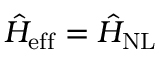
\hat { H } _ { \mathrm { e f f } } = \hat { H } _ { \mathrm { N L } }